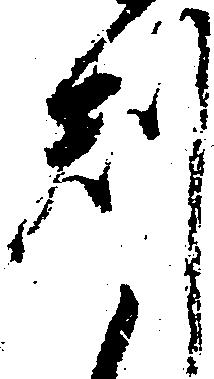
判